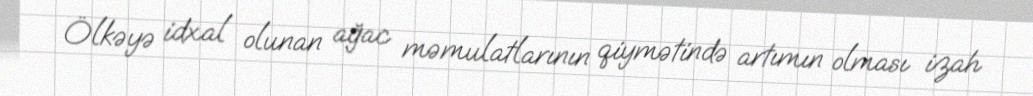
Ölkəyə idxal olunan ağac məmulatlarının qiymətində artımın olması izah